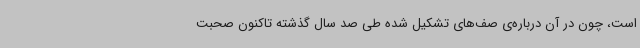
است، چون در آن درباره‌ی صف‌های تشکیل شده طی صد سال گذشته تاکنون صحبت